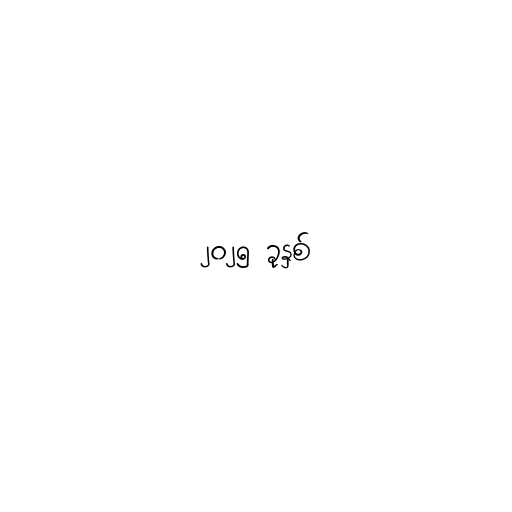
၂၀၂၅ ခုနှစ်